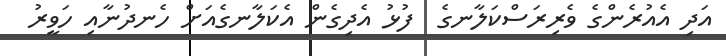
އަދި އެއުރެންގެ ވެރިރަސްކަލާނގެ  ފުޅު އެދިގެން އެކަލާނގެއަށް ހެނދުނާއި ހަވީރު